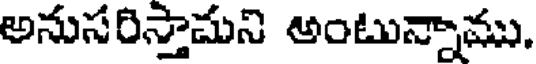
అనుసరిస్తామని అంటున్నాము.